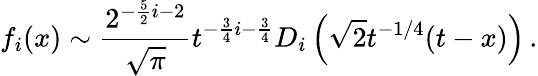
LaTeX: f_{i}(x)\sim{\frac{2^{-{\frac{5}{2}}i-2}}{\sqrt\pi}}t^{-{\frac{3}{4}}i-{\frac{3}{4}}}D_{i}\left(\sqrt{2}t^{-1/4}(t-x)\right)\, .